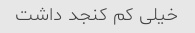
خیلی کم کنجد داشت